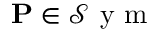
\mathbf { P } \in \mathcal { S } \mathrm { ~ y ~ m ~ }